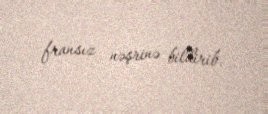
fransız nəşrinə bildirib.